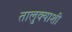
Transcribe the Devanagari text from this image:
तालुक्‍याशी